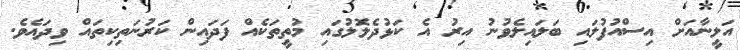
އަލީނާއަށް އިސްއުފުލައި ބަލައިލެވުނު އިރު އެ ކަޅުދެލޮލުގައި މުތީތަކެއް ފަދައިން ކަރުނަތިކިތައް ވިދައެވެ.